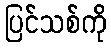
ပြင်သစ်ကို